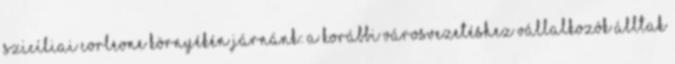
szicíliai Corleone környékén járnánk: a korábbi városvezetéshez vállalkozók álltak